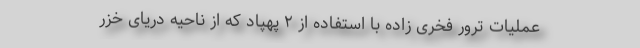
عملیات ترور فخری زاده با استفاده از ۲ پهپاد که از ناحیه دریای خزر